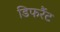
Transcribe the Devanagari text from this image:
डिफरैंट